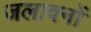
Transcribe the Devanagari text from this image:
जलावनों